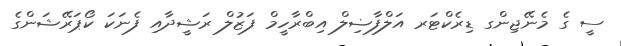
ސީ ގެ މެނޭޖިންގ ޑިރެކްޓަރ އަލްފާޟިލް އިބްރާހީމް ފަޒުލް ރަޝީދާއި ފެނަކަ ކޯޕަރޭޝަންގެ